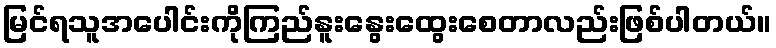
မြင်ရသူအပေါင်းကိုကြည်နူးနွေးထွေးစေတာလည်းဖြစ်ပါတယ်။